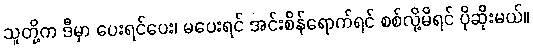
သူတို့က ဒီမှာ ပေးရင်ပေး၊ မပေးရင် အင်းစိန်ရောက်ရင် စစ်လို့မိရင် ပိုဆိုးမယ်။